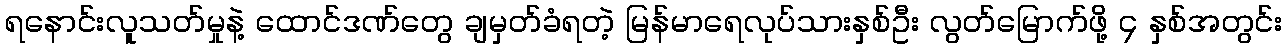
ရနောင်းလူသတ်မှုနဲ့ ထောင်ဒဏ်တွေ ချမှတ်ခံရတဲ့ မြန်မာရေလုပ်သားနှစ်ဦး လွတ်မြောက်ဖို့ ၄ နှစ်အတွင်း